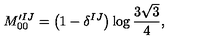
M _ { 0 0 } ^ { \prime I J } = \bigl ( 1 - \delta ^ { I J } \bigr ) \log \frac { 3 \sqrt { 3 } } { 4 } ,